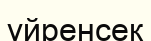
үйренсек